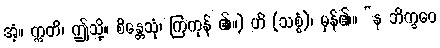
အံ့။ ဣတိ၊ ဤသို့။ စိန္တေသုံ၊ ကြံကုန် ၏။) ဟိ (သစ္စံ)၊ မှန်၏။ “န ဘိက္ခဝေ